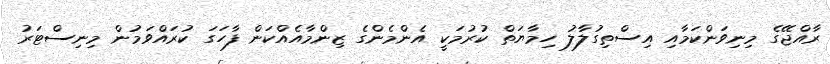
ރާއްޖޭގެ މިނިވަންކަމާއި އިސްތިގުލާލު ހިމާޔަތް ކުރުމަކީ އެންމެންގެ ޒިންމާއެއްކަން ފާހަގަ ކުރައްވަމުން މިނިސްޓަރު